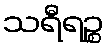
သရီရဉ္စ